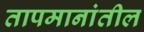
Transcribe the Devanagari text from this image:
तापमानांतील